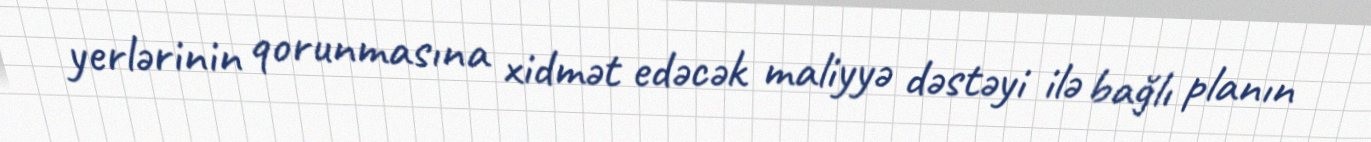
yerlərinin qorunmasına xidmət edəcək maliyyə dəstəyi ilə bağlı planın